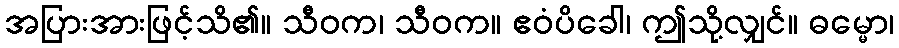
အပြားအားဖြင့်သိ၏။ သီဝက၊ သီဝက။ ဧဝံပိခေါ၊ ဤသို့လျှင်။ ဓမ္မော၊